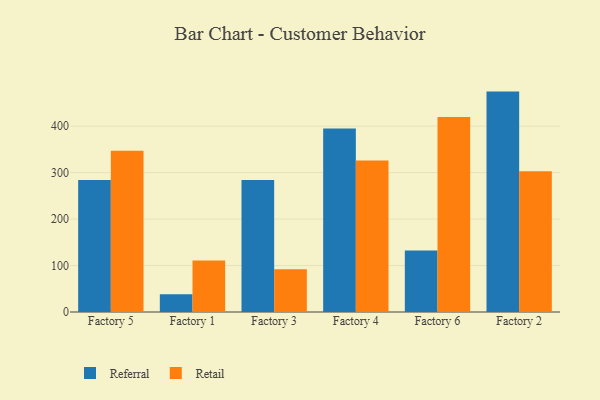
{"axis": {"x": "Factory", "y": "Latency (ms)"}, "legend": ["Referral", "Retail"], "data": [{"x": "Factory 5", "y": 284.1, "type": "Referral"}, {"x": "Factory 5", "y": 347.2, "type": "Retail"}, {"x": "Factory 1", "y": 38.3, "type": "Referral"}, {"x": "Factory 1", "y": 110.6, "type": "Retail"}, {"x": "Factory 3", "y": 284.0, "type": "Referral"}, {"x": "Factory 3", "y": 92.0, "type": "Retail"}, {"x": "Factory 4", "y": 394.8, "type": "Referral"}, {"x": "Factory 4", "y": 326.0, "type": "Retail"}, {"x": "Factory 6", "y": 132.6, "type": "Referral"}, {"x": "Factory 6", "y": 419.8, "type": "Retail"}, {"x": "Factory 2", "y": 474.3, "type": "Referral"}, {"x": "Factory 2", "y": 302.9, "type": "Retail"}]}